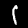
Digit: 1